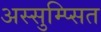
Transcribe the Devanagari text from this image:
अस्सुम्प्सित